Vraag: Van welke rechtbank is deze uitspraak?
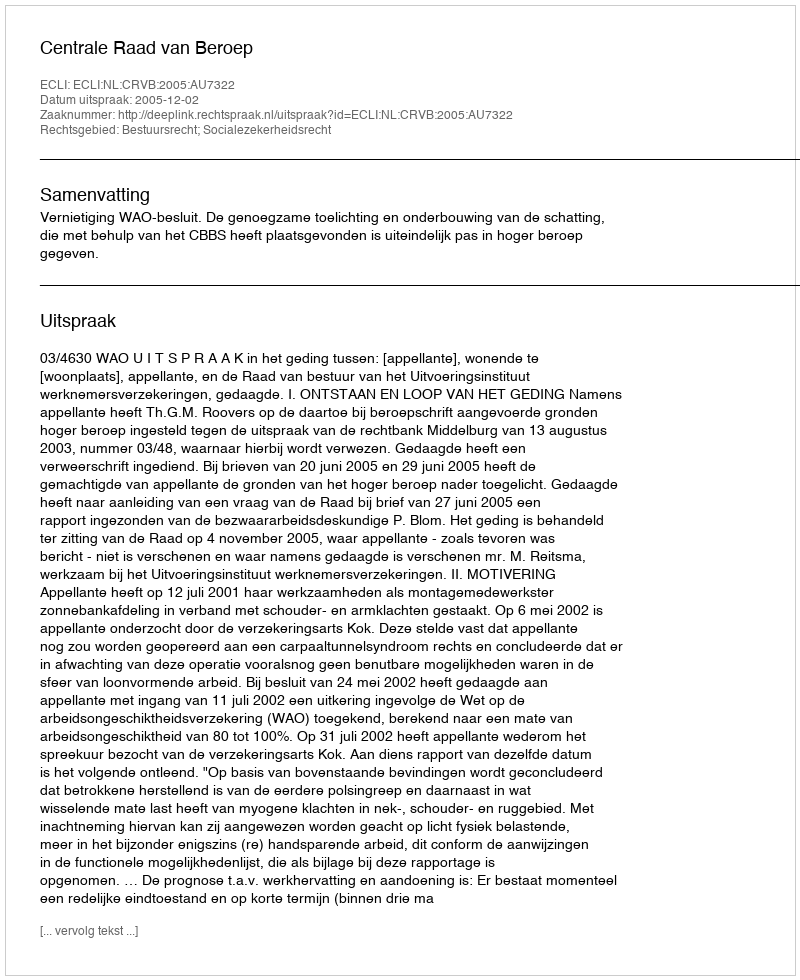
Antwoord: Centrale Raad van Beroep